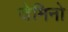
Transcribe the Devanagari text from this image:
जेमिनो